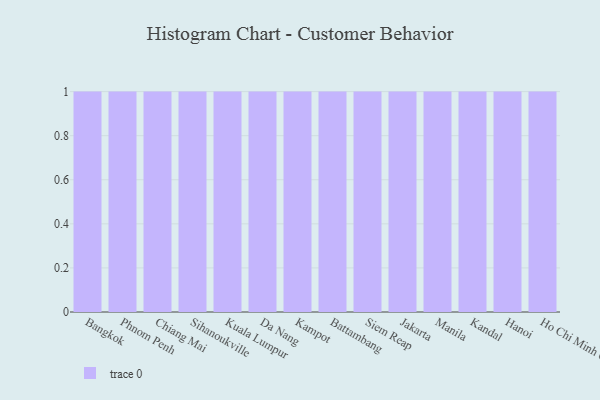
{"axis": {"x": "City", "y": "Headcount"}, "legend": [""], "data": [{"x": "Bangkok", "y": 66, "type": ""}, {"x": "Phnom Penh", "y": 29, "type": ""}, {"x": "Chiang Mai", "y": 37, "type": ""}, {"x": "Sihanoukville", "y": 21, "type": ""}, {"x": "Kuala Lumpur", "y": 45, "type": ""}, {"x": "Da Nang", "y": 11, "type": ""}, {"x": "Kampot", "y": 72, "type": ""}, {"x": "Battambang", "y": 10, "type": ""}, {"x": "Siem Reap", "y": 68, "type": ""}, {"x": "Jakarta", "y": 79, "type": ""}, {"x": "Manila", "y": 7, "type": ""}, {"x": "Kandal", "y": 20, "type": ""}, {"x": "Hanoi", "y": 7, "type": ""}, {"x": "Ho Chi Minh City", "y": 99, "type": ""}]}